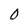
Character: 0